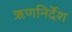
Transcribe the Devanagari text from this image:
ऋणनिर्देश